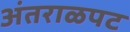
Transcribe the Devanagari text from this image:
अंतराळपट